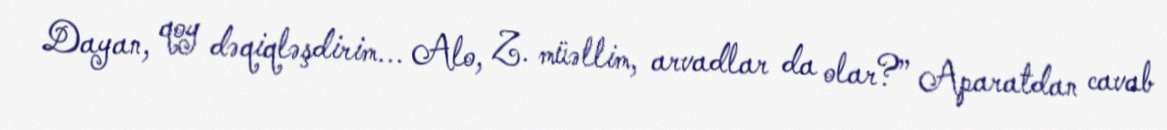
Dayan, qoy dəqiqləşdirim... Alo, Z. müəllim, arvadlar da olar?” Aparatdan cavab